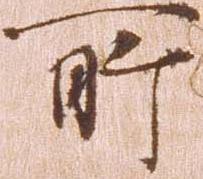
所